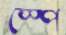
স্পে